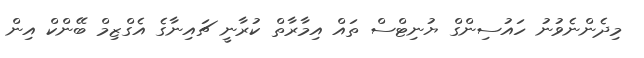
މިދެންނެވުނު ހައުސިންގް ޔުނިޓްސް ތައް އިމާރާތް ކުރާނީ ޗައިނާގެ އެގްޒިމް ބޭންކް އިން